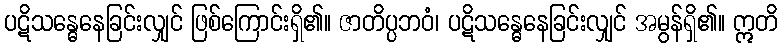
ပဋိသန္ဓေနေခြင်းလျှင် ဖြစ်ကြောင်းရှိ၏။ ဇာတိပ္ပဘဝံ၊ ပဋိသန္ဓေနေခြင်းလျှင် အမွန်ရှိ၏။ ဣတိ